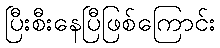
ပြီးစီးနေပြီဖြစ်ကြောင်း